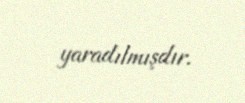
yaradılmışdır.